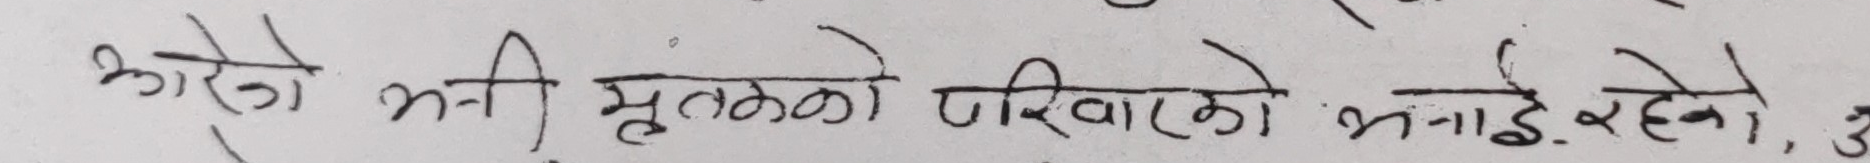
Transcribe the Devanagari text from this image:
अरे नी मृतकको परिवारको बनाई रहने, उ